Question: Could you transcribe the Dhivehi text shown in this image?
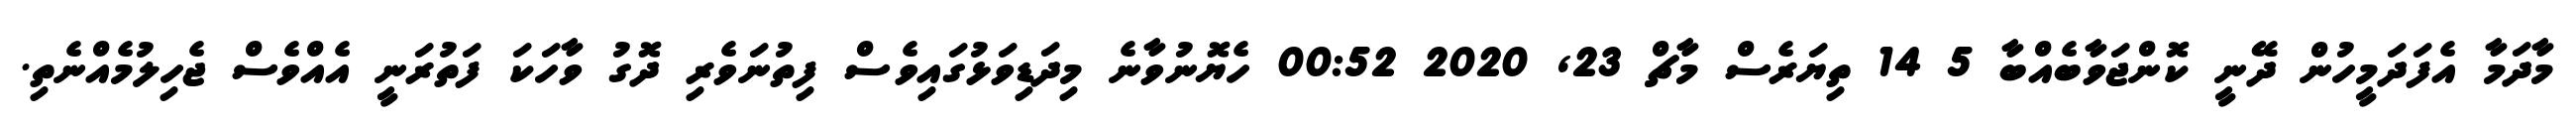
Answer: މާދަމާ އެފަދަމީހުން ދޭނީ ކޮންޖަވާބެއްބާ 5 14 ތިޔަރެސް މާޗް 23, 2020 00:52 ހެޔޮނުވާނެ މިދަޑިވަޅުގައިވެސް ފިތުނަވެރި ދޮގު ވާހަކަ ފަތުރަނީ އެއްވެސް ޖެހިލުމެއްނެތި.